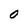
Character: O